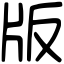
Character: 版